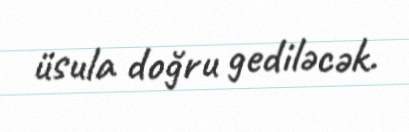
üsula doğru gediləcək.